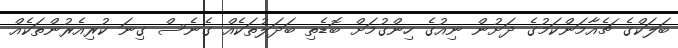
ބަލަކްގެ ޗެއާމަންކަމުގެ ދަށުން ނިއުގެ ހިންގުމަށް ބޮޑެތި ބަދަލުތަކެއް ގެނެސް ގިނަ ކުރިއެރުންތަކެއް